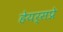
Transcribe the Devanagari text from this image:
हेयर्सप्रे